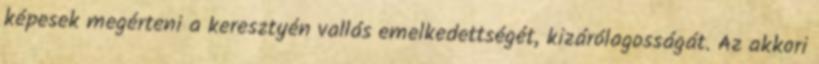
képesek megérteni a keresztyén vallás emelkedettségét, kizárólagosságát. Az akkori